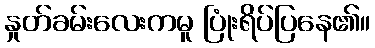
နှုတ်ခမ်းလေးကမူ ပြုံးရိပ်ပြနေ၏။